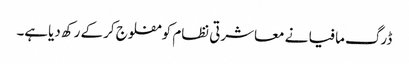
ڈرگ مافیا نے معاشرتی نظام کو مفلوج کرکے رکھ دیاہے۔